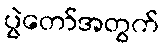
ပွဲတော်အတွက်